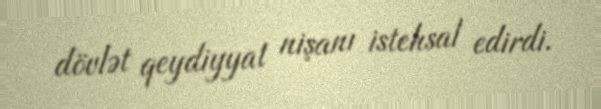
dövlət qeydiyyat nişanı istehsal edirdi.